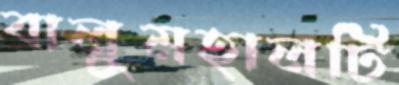
বালুমহালটি